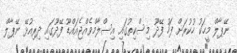
ނޭޕާލް މީހަކު ހުކުރަށް ފަހު ފޭދޫ މިސްކިތުގައި އިސްލާމްވެއްޖެއައްޑޫ ފޭދޫގައި ދިރިއުޅޭ ނޭޕާލް